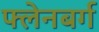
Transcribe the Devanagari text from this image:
फ्लेनबर्ग